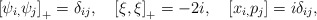
\begin{align*}\left[ \psi _{i,}\psi _{j}\right] _{+}= \delta _{ij},\quad \left[ \xi , \xi\right] _{+}=-2i,\quad \left[ x_{i,}p_{j}\right] =i\delta _{ij},\end{align*}